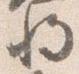
将